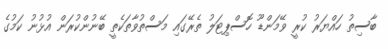
ބާސިތު ހައްޔަރު ކުރީ ވޭމަންޑޫ ހޮސްޕިޓަލު ތެރޭގައި މަސްތުވާތަކެތީ ބޭނުންކުރަން އުޅުނު ކަމުގެ